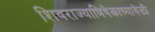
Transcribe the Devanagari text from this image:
शिवराज्याभिषेकाच्यावेळी